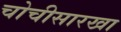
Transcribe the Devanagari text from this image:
चोचीसारखा